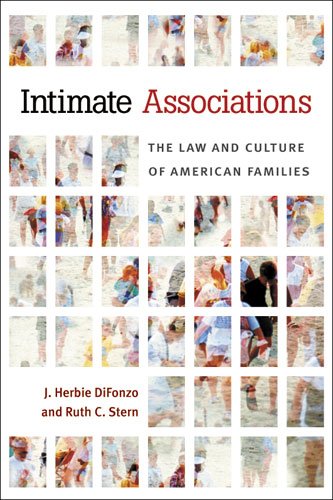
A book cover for Intimate Associations: The Law and Culture of American Families; J. Herbie DiFonzo; Law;